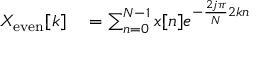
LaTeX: \begin{array} { r l } { X _ { \mathrm { e v e n } } [ k ] } & { { } = \sum _ { n = 0 } ^ { N - 1 } x [ n ] e ^ { - { \frac { 2 j \pi } { N } } 2 k n } } \end{array}